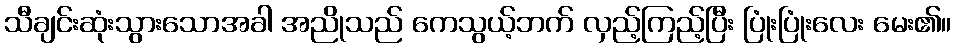
သီချင်းဆုံးသွားသောအခါ အညိုသည် ကေသွယ့်ဘက် လှည့်ကြည့်ပြီး ပြုံးပြုံးလေး မေး၏။